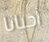
أحيانا